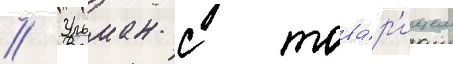
// Ульман с това́р'ищем